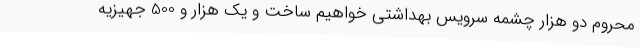
محروم دو هزار چشمه سرویس بهداشتی خواهیم ساخت و یک هزار و 500 جهیزیه